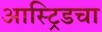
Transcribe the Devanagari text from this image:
आस्ट्रिडचा